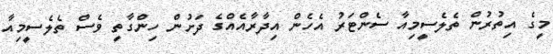
މީގެ އިތުރުން ތެލެސީމިއާ ސެންޓަރު އެހެން އިދާރާއެއްގެ ދަށުން ހިންގާތީ ވެސް ތެލެސީމިއާ